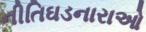
નીતિઘડનારાઓ